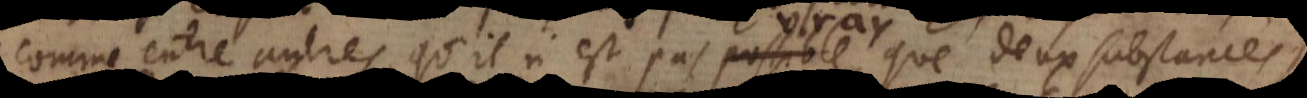
comme entre autres qu’il n’est pas vray, que deux substances